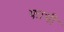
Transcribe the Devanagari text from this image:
फाभी